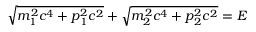
{ \sqrt { m _ { 1 } ^ { 2 } c ^ { 4 } + p _ { 1 } ^ { 2 } c ^ { 2 } } } + { \sqrt { m _ { 2 } ^ { 2 } c ^ { 4 } + p _ { 2 } ^ { 2 } c ^ { 2 } } } = E